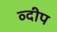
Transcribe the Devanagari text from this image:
व्दीप